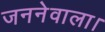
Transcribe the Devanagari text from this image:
जननेवाला।